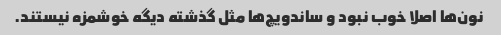
نون‌ها اصلا خوب نبود و ساندویچ‌ها مثل گذشته دیگه خوشمزه نیستند.